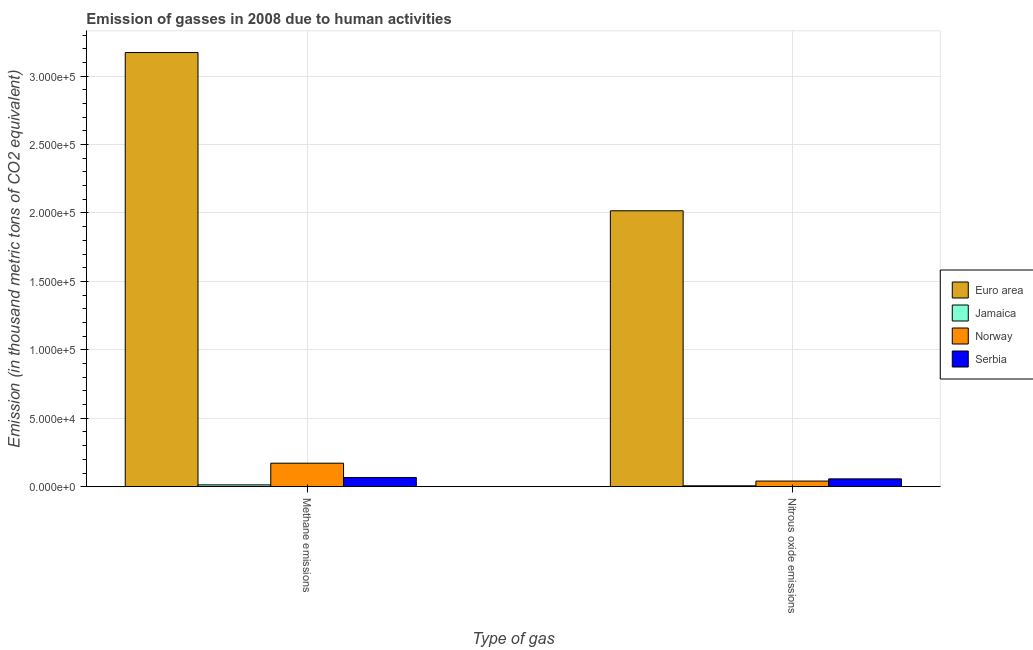
| Type of gas | Euro area | Jamaica | Norway | Serbia |
 | --- | --- | --- | --- | --- |
 | Methane emissions | 3.17e+05 | 1.33e+03 | 1.72e+04 | 6.73e+03 |
 | Nitrous oxide emissions | 2.02e+05 | 667 | 4.1e+03 | 5.71e+03 |